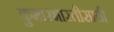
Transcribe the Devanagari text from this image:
कुमारभारतीसाठी